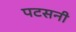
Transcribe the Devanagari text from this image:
पटसनी